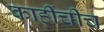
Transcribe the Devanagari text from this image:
काहींचीच